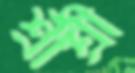
শ্রীশ্রী